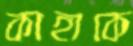
কাহাকে